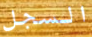
السجل